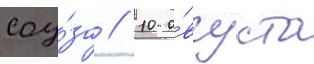
соу́за // 10 а́вгуста